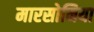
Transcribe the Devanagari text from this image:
मारसोनिया